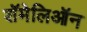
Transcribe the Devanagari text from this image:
शॅमेलिऑन